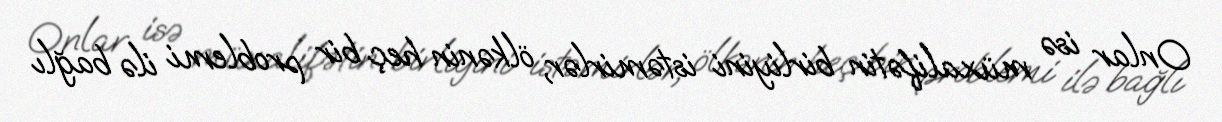
Onlar isə müxalifətin birliyini istəmirlər, ölkənin heç bir problemi ilə bağlı